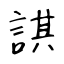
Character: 諆